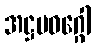
အဋ္ဌမဝဂ္ဂေါ